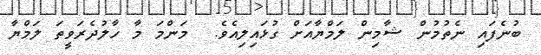
ބުނެފައި ނެތުމުން ޝާމިން ލަމްޔާއަށް ގުޅައިލިއެވެ.  މަންމަ މާ ހާލުދެރަވީތަ ލަމްޔާ